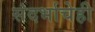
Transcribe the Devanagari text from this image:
संदर्भाचेही